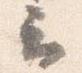
云